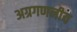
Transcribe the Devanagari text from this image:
अग्रगणनीय